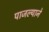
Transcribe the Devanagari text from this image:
पाजल्याने